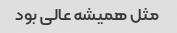
مثل همیشه عالی بود